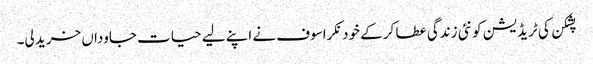
پشکن کی ٹریڈیشن کو نئی زندگی عطا کر کے خود نکراسوف نے اپنے لیے حیات جاوداں خرید لی۔